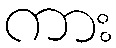
ကား